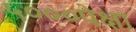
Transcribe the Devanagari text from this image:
५०००पेक्षा